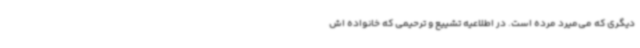
دیگری که می‌میرد مرده است. در اطلاعیه تشییع و ترحیمی که خانواده اش